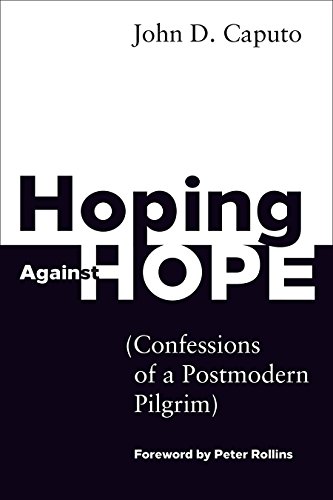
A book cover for Hoping Against Hope: Confessions of a Postmodern Pilgrim; John D. Caputo; Religion & Spirituality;